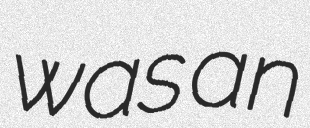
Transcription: was an